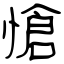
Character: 愴